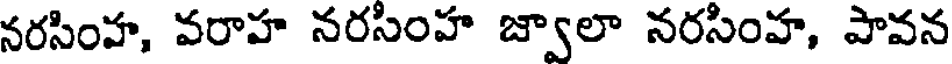
నరసింహ, వరాహ నరసింహ జ్వాలా నరసింహ, పావన